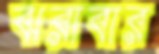
ঝরাবার